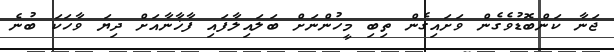
ޖަނާ ކަންބޮޑުވެގެން ވަށައިގެން ތިބި މީހުންނަށް ބަލައިލާފައި ފާޚާނާއަށް ދިޔަ ވާހަކަ ބުނެ